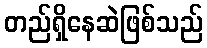
တည်ရှိနေဆဲဖြစ်သည်